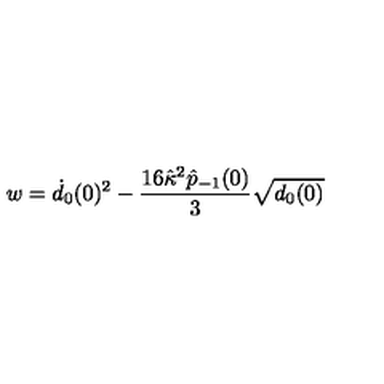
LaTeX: w = \dot { d } _ { 0 } ( 0 ) ^ { 2 } - \frac { 1 6 \hat { \kappa } ^ { 2 } \hat { p } _ { - 1 } ( 0 ) } { 3 } \sqrt { d _ { 0 } ( 0 ) }